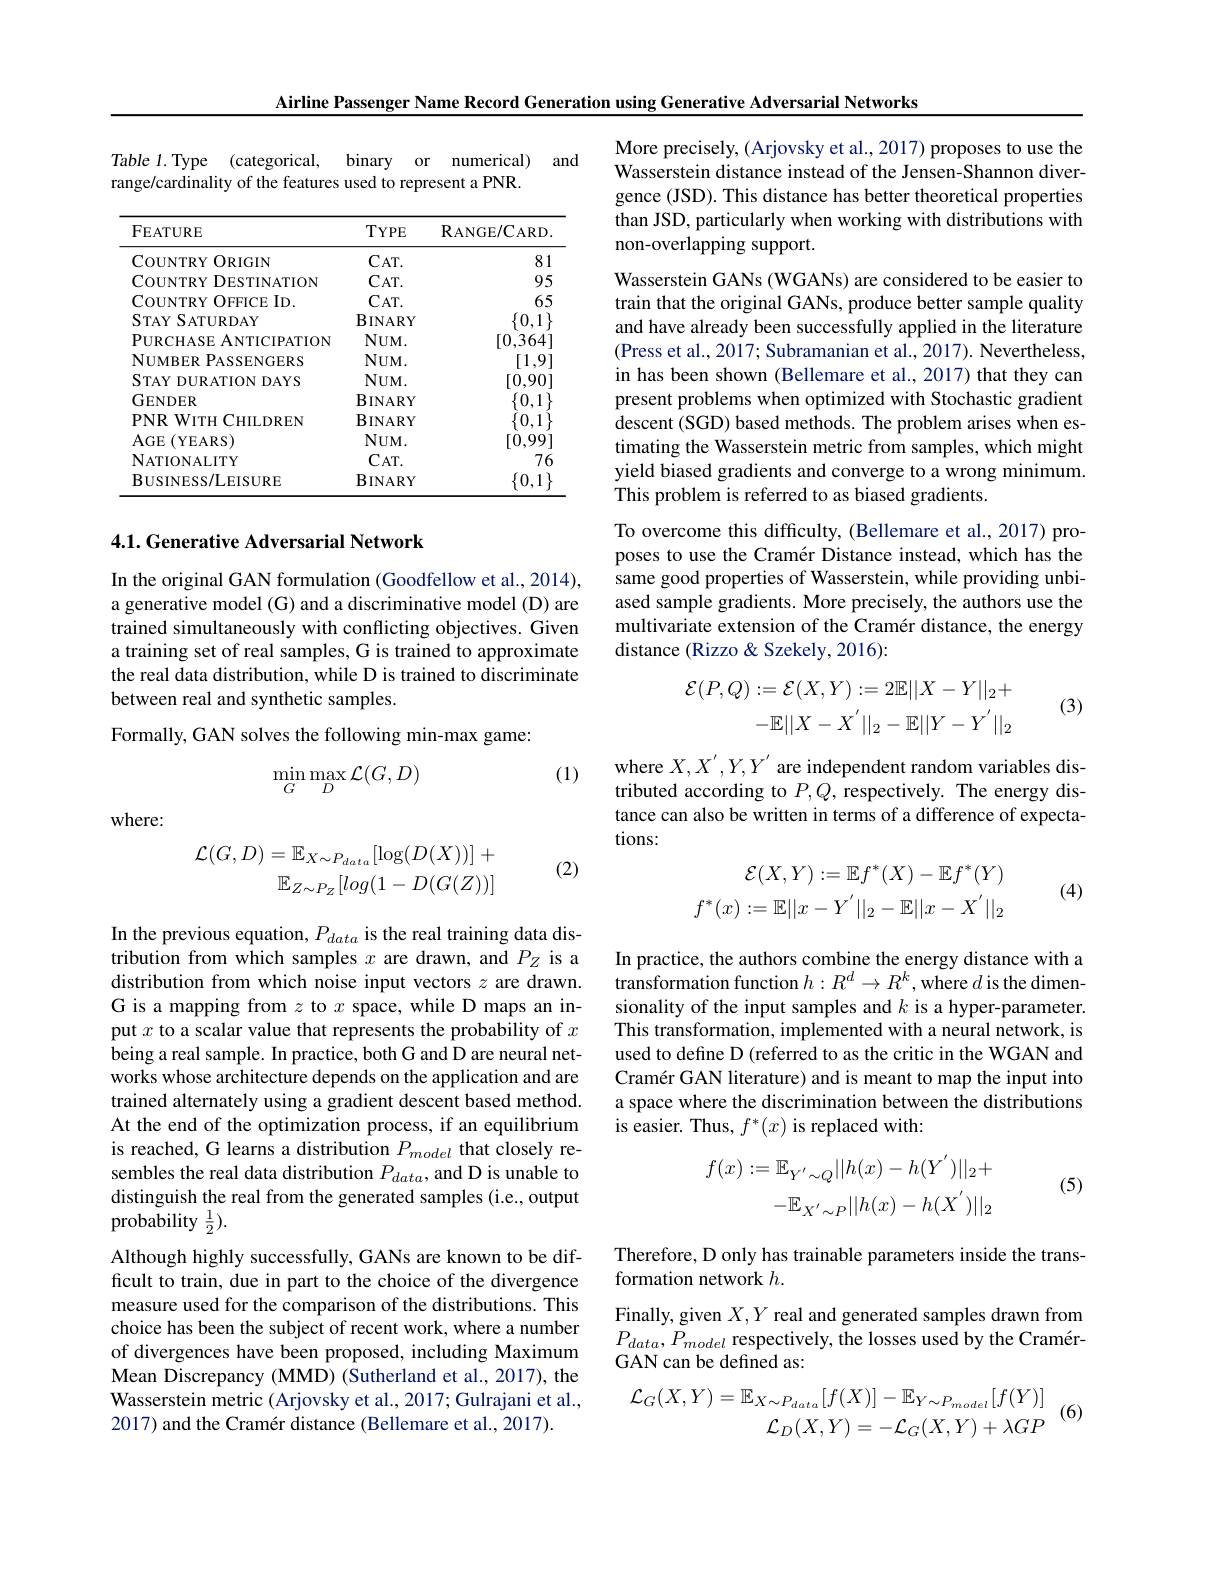
Airline Passenger Name Record Generation using Generative Adversarial Networks

Table 1. Type (categorical,
binary or numerical) and
range/cardinality of the features used to represent a PNR.

<table>
	<tbody>
		<tr>
			<th>FEATURE</th>
			<th>$TYPE$</th>
			<th>$\mathbf{R}_{\mathrm{ANGE}}/\mathbf{C}_{\mathrm{ARD}}$</th>
		</tr>
		<tr>
			<td>COUNTRY $ORIGIN$ 1</td>
			<td>$CAT.$</td>
			<td>81</td>
		</tr>
		<tr>
			<td>COUNTRY $\angle DESTINATION$</td>
			<td>$CAT.$</td>
			<td>95</td>
		</tr>
		<tr>
			<td>COUNTRY $a_{1}=\frac{1}{2}$ OFFICE $ID.$</td>
			<td>$CAT.$</td>
			<td>65</td>
		</tr>
		<tr>
			<td>$STAYSATURDAY$</td>
			<td>$BINARY$</td>
			<td>$\{0,1$</td>
		</tr>
		<tr>
			<td>PURCHASE ANTICIPATION</td>
			<td>$NUM.$</td>
			<td>[0,364</td>
		</tr>
		<tr>
			<td>NUMBER PASSENGERS</td>
			<td>$NUM.$</td>
			<td>[1,9]</td>
		</tr>
		<tr>
			<td>$STAYDURATIONDAYS$</td>
			<td>$NUM.$</td>
			<td>[0,90]</td>
		</tr>
		<tr>
			<td>GENDER</td>
			<td>$BINARY$</td>
			<td>$\{0,1\}$</td>
		</tr>
		<tr>
			<td>$PNR$ $W$ITH T CHILDREN</td>
			<td>$BINARY$</td>
			<td> </td>
		</tr>
		<tr>
			<td>$AGE$ (YEARS)</td>
			<td>$NUM.$</td>
			<td>[0,99]</td>
		</tr>
		<tr>
			<td>$\mathbf{N}$ATIONALITY</td>
			<td>$CAT.$</td>
			<td>76</td>
		</tr>
		<tr>
			<td>BUSINESS/LEISURE</td>
			<td>$\mathbf{BINARY}$</td>
			<td>$\{0,1$</td>
		</tr>
	</tbody>
</table>

## 4.1. Generative Adversarial Network

In the original GAN formulation (Goodfellow et al., 2014), a generative model (G) and a discriminative model (D) are trained simultaneously with conflicting objectives. Given a training set of real samples, G is trained to approximate the real data distribution, while D is trained to discriminate between real and synthetic samples.
Formally, GAN solves the following min-max game:

(1)
$$\min\limits_{G}\max\limits_{D}\mathcal{L}(G,D)$$
where:
$$\begin{array}{c}\mathcal{L}(G,D)=\mathbb{E}_{X\sim P_{data}}[\log(D(X))]+\\\mathbb{E}_{Z\sim P_Z}[log(1-D(G(Z))]\end{array}$$
(2)

In the previous equation, $P_data$ is the real training data distribution from which samples $x$ are drawn, and $P_Z$ is a distribution from which noise input vectors $z$ are drawn. G is a mapping from $z$ to $x$ space, while D maps an input $x$ to a scalar value that represents the probability of $x$ being a real sample. In practice, both G and D are neural networks whose architecture depends on the application and are trained alternately using a gradient descent based method. At the end of the optimization process, if an equilibrium is reached, G learns a distribution $P_{model}$ that closely resembles the real data distribution $P_data$, and D is unable to distinguish the real from the generated samples (i.e., output probability $\frac{1}{2}).$

Although highly successfully, GANs are known to be difficult to train, due in part to the choice of the divergence measure used for the comparison of the distributions. This choice has been the subject of recent work, where a number of divergences have been proposed, including Maximum Mean Discrepancy (MMD) (Sutherland et al., 2017), the Wasserstein metric (Arjovsky et al., 2017; Gulrajani et al., 2017) and the Cramér distance (Bellemare et al., 2017).

More precisely, (Arjovsky et al., 2017) proposes to use the Wasserstein distance instead of the Jensen-Shannon divergence (JSD). This distance has better theoretical properties than JSD, particularly when working with distributions with non-overlapping support.
Wasserstein GANs (WGANs) are considered to be easier to train that the original GANs, produce better sample quality and have already been successfully applied in the literature (Press et al., 2017; Subramanian et al., 2017). Nevertheless, in has been shown (Bellemare et al., 2017) that they can present problems when optimized with Stochastic gradient descent (SGD) based methods. The problem arises when estimating the Wasserstein metric from samples, which might yield biased gradients and converge to a wrong minimum. This problem is referred to as biased gradients.
To overcome this difficulty, (Bellemare et al., 2017) proposes to use the Cramér Distance instead, which has the same good properties of Wasserstein, while providing unbiased sample gradients. More precisely, the authors use the multivariate extension of the Cramér distance, the energy distance (Rizzo & Szekely, 2016):
$$\begin{aligned}\mathcal{E}(P,Q)&:=\mathcal{E}(X,Y):=2\mathbb{E}||X-Y||_2+\\&-\mathbb{E}||X-X^{'}||_2-\mathbb{E}||Y-Y^{'}||_2\end{aligned}$$
(3)

where $X,X^{\prime},Y,Y^{\prime}$ are independent random variables distributed according to $P,Q$, respectively. The energy distance can also be written in terms of a difference of expectations:
$$\begin{aligned}\mathcal{E}(X,Y):=\mathbb{E}f^*(X)-\mathbb{E}f^*(Y)\\f^*(x):=\mathbb{E}||x-Y^{'}||_2-\mathbb{E}||x-X^{'}||_2\end{aligned}$$
(4)

In practice, the authors combine the energy distance with a $\hat{\text{transformation function }h}:R^d\to R^k$,where $d$ is the dimensionality of the input samples and $k$ is a hyper-parameter. This transformation, implemented with a neural network, is used to define D (referred to as the critic in the WGAN and Cramér GAN literature) and is meant to map the input into a space where the discrimination between the distributions is easier. Thus, $f^*(x)$ is replaced with:

(5)
$$\begin{aligned}f(x):=\mathbb{E}_{Y^{'}\sim Q}||h(x)-h(Y^{'})||_{2}+\\-\mathbb{E}_{X^{'}\sim P}||h(x)-h(X^{'})||_{2}\end{aligned}$$
Therefore, D only has trainable parameters inside the trans-
formation network $h.$
Finally, given $X,Y$ real and generated samples drawn from $P_{data},P_{model}$ respectively, the losses used by the CramérGAN can be defined as:

$\mathcal{L}_{G}(X,Y)=\mathbb{E}_{X\sim P_{data}}[f(X)]-\mathbb{E}_{Y\sim P_{model}}[f(Y)]\\\mathcal{L}_{D}(X,Y)=-\mathcal{L}_{G}(X,Y)+\lambda GP$